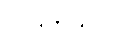
၂၊ ဒုတိယဝဂ်